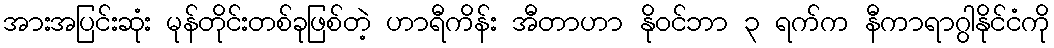
အားအပြင်းဆုံး မုန်တိုင်းတစ်ခုဖြစ်တဲ့ ဟာရီကိန်း အီတာဟာ နိုဝင်ဘာ ၃ ရက်က နီကာရာဂွါနိုင်ငံကို